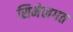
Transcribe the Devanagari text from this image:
सिमेलगत